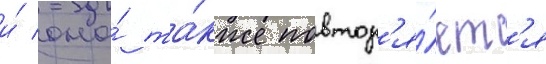
и́ она́ та́кже повтор'я́етс'я